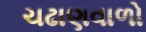
ચઢાણવાળો